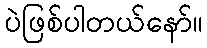
ပဲဖြစ်ပါတယ်နော်။